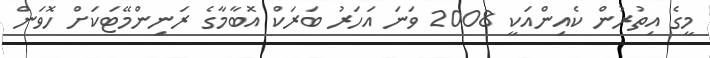
މީގެ އިތުރުން ކެއިންއަކީ 2008 ވަނަ އަހަރު ބަރަކް އޮބާމާގެ ރަނިންމޭޓަކަށް ހޮވަން